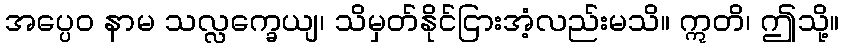
အပ္ပေဝ နာမ သလ္လက္ခေယျ၊ သိမှတ်နိုင်ငြားအံ့လည်းမသိ။ ဣတိ၊ ဤသို့။